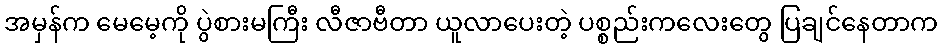
အမှန်က မေမေ့ကို ပွဲစားမကြီး လီဇာဗီတာ ယူလာပေးတဲ့ ပစ္စည်းကလေးတွေ ပြချင်နေတာက